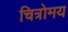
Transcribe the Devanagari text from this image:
चित्रोमय